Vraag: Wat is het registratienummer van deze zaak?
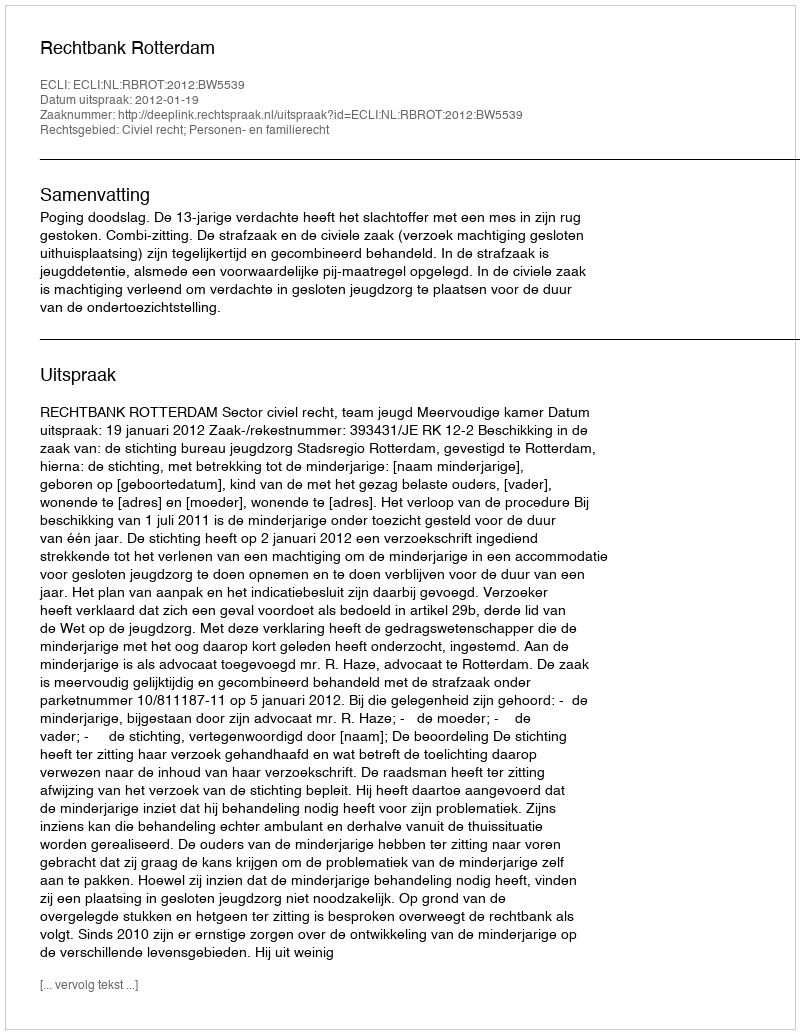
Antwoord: http://deeplink.rechtspraak.nl/uitspraak?id=ECLI:NL:RBROT:2012:BW5539